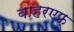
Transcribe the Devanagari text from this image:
बाहरएफ्